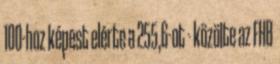
100-hoz képest elérte a 255,6-ot - közölte az FHB